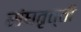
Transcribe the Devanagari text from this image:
संघवृत्ती